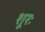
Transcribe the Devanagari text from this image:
शूरः